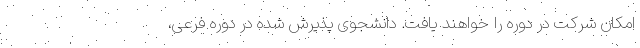
امکان شرکت در دوره را خواهند یافت. دانشجوی پذیرش شده در دوره فرعی،